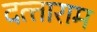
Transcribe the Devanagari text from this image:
दत्‍ताराम